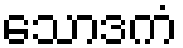
သောဒကံ